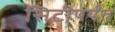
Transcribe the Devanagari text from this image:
सिटीपर्यंत